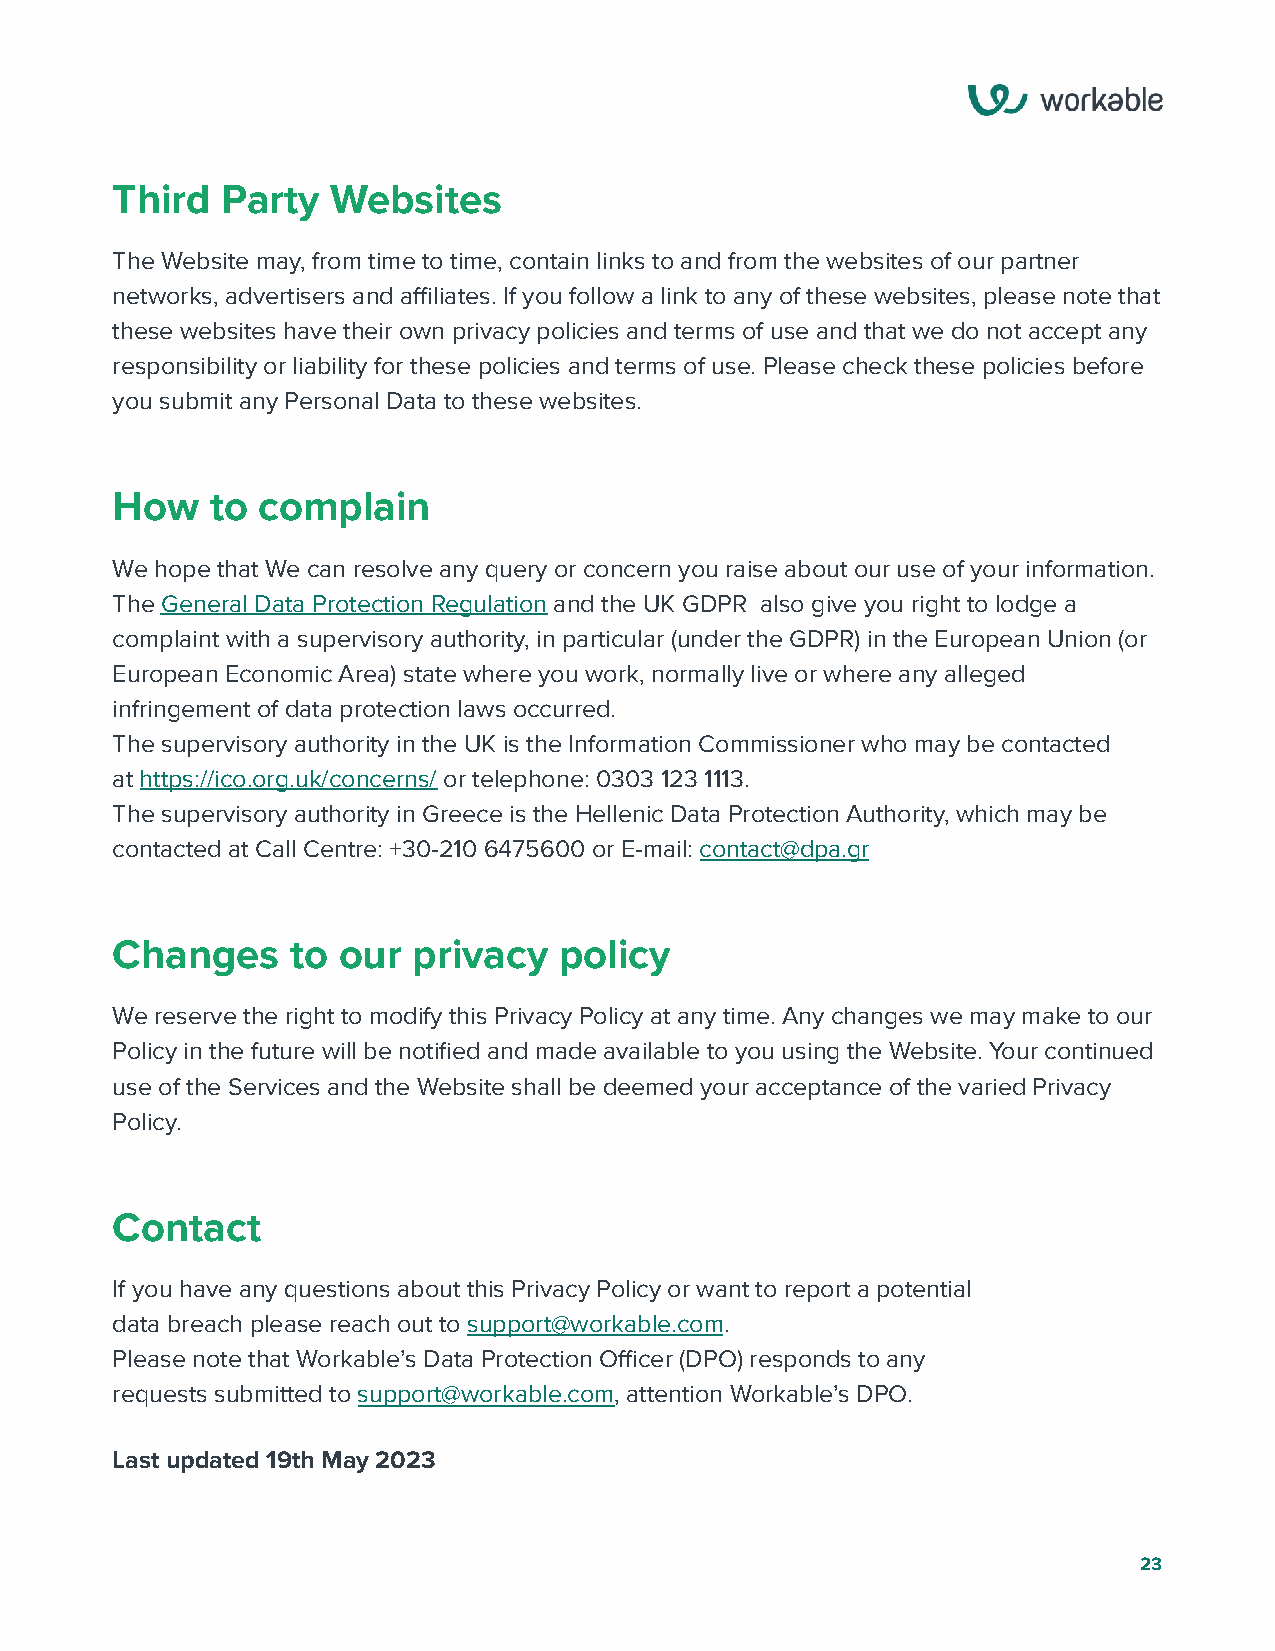
Third   Party  Websites
 The Website may, from time to time, contain links to and from the websites of our partner
 networks, advertisers and affiliates. If you follow a link to any of these websites, please note that
 these websites have their own privacy policies and terms of use and that we do not accept any
 responsibility or liability for these policies and terms of use. Please check these policies before
 you submit any Personal Data to these websites.
 How    to complain
 We hope that We can resolve any query or concern you raise about our use of your information.
 The General Data Protection Regulation and the UK GDPR also give you right to lodge a
 complaint with a supervisory authority, in particular (under the GDPR) in the European Union (or
 European Economic Area) state where you work, normally live or where any alleged
 infringement of data protection laws occurred.
 The supervisory authority in the UK is the Information Commissioner who may be contacted
 at https://ico.org.uk/concerns/ or telephone: 0303 123 1113.
 The supervisory authority in Greece is the Hellenic Data Protection Authority, which may be
 contacted at Call Centre: +30-210 6475600 or E-mail: contact@dpa.gr
 Changes     to our  privacy   policy
 We reserve the right to modify this Privacy Policy at any time. Any changes we may make to our
 Policy in the future will be notified and made available to you using the Website. Your continued
 use of the Services and the Website shall be deemed your acceptance of the varied Privacy
 Policy.
 Contact
 If you have any questions about this Privacy Policy or want to report a potential
 data breach please reach out to support@workable.com.
 Please note that Workable’s Data Protection Officer (DPO) responds to any
 requests submitted to support@workable.com, attention Workable’s DPO.
 Last updated 19th May 2023
 23